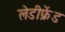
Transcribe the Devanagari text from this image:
लेडीफ्रेंड